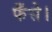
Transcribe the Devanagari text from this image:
फँसे।